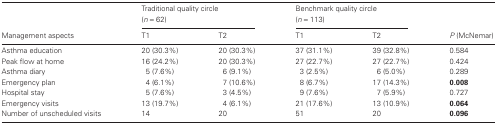
<table><thead><tr><td></td><td colspan="2"><b>Traditional quality circle (<i>n</i> = 62)</b></td><td colspan="2"><b>Benchmark quality circle (<i>n</i> = 113)</b></td><td></td></tr><tr><td><b>Management aspects</b></td><td><b>T1</b></td><td><b>T2</b></td><td><b>T1</b></td><td><b>T2</b></td><td><b><i>P</i> (McNemar)</b></td></tr></thead><tbody><tr><td>Asthma education</td><td>20 (30.3%)</td><td>20 (30.3%)</td><td>37 (31.1%)</td><td>39 (32.8%)</td><td>0.584</td></tr><tr><td>Peak flow at home</td><td>16 (24.2%)</td><td>20 (30.3%)</td><td>27 (22.7%)</td><td>27 (22.7%)</td><td>0.424</td></tr><tr><td>Asthma diary</td><td> 5 (7.6%)</td><td> 6 (9.1%)</td><td> 3 (2.5%)</td><td> 6 (5.0%)</td><td>0.289</td></tr><tr><td>Emergency plan</td><td> 4 (6.1%)</td><td> 7 (10.6%)</td><td> 8 (6.7%)</td><td>17 (14.3%)</td><td><b>0.008</b></td></tr><tr><td>Hospital stay</td><td> 5 (7.6%)</td><td> 3 (4.5%)</td><td> 9 (7.6%)</td><td> 7 (5.9%)</td><td>0.727</td></tr><tr><td>Emergency visits</td><td>13 (19.7%)</td><td> 4 (6.1%)</td><td>21 (17.6%)</td><td>13 (10.9%)</td><td><b>0.064</b></td></tr><tr><td>Number of unscheduled visits</td><td>14</td><td>20</td><td>51</td><td>20</td><td><b>0.096</b></td></tr></tbody></table>